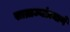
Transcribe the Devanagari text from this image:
साम्राज्यांप्रमाणे